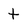
Character: t